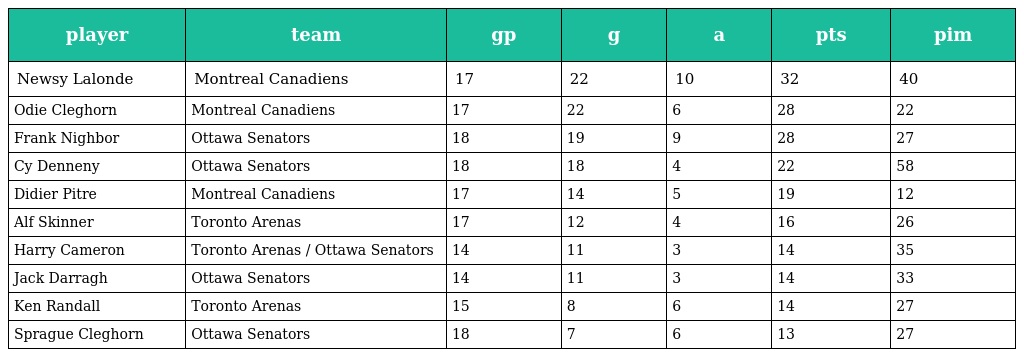
| player | team | gp | g | a | pts | pim |
 | --- | --- | --- | --- | --- | --- | --- |
 | Newsy Lalonde | Montreal Canadiens | 17 | 22 | 10 | 32 | 40 |
 | Odie Cleghorn | Montreal Canadiens | 17 | 22 | 6 | 28 | 22 |
 | Frank Nighbor | Ottawa Senators | 18 | 19 | 9 | 28 | 27 |
 | Cy Denneny | Ottawa Senators | 18 | 18 | 4 | 22 | 58 |
 | Didier Pitre | Montreal Canadiens | 17 | 14 | 5 | 19 | 12 |
 | Alf Skinner | Toronto Arenas | 17 | 12 | 4 | 16 | 26 |
 | Harry Cameron | Toronto Arenas / Ottawa Senators | 14 | 11 | 3 | 14 | 35 |
 | Jack Darragh | Ottawa Senators | 14 | 11 | 3 | 14 | 33 |
 | Ken Randall | Toronto Arenas | 15 | 8 | 6 | 14 | 27 |
 | Sprague Cleghorn | Ottawa Senators | 18 | 7 | 6 | 13 | 27 |